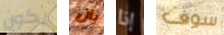
يكون بأن إذا سوف